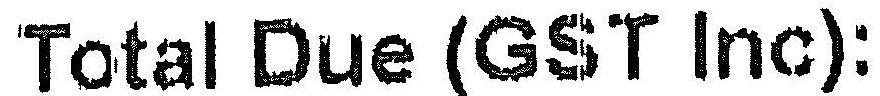
TOTAL DUE (GST INC):